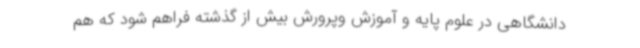
دانشگاهی در علوم پایه و آموزش وپرورش بیش از گذشته فراهم شود که هم